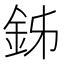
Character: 𨥦